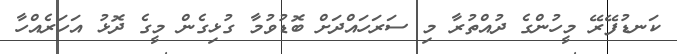
ކަނޑުފޭރޭ މީހުންގެ ދުއްތުރާ މި ސަރަހައްދަށް ބޮޑުވުމާ ގުޅިގެން މީގެ ދޮޅު އަހަރެއްހާ